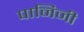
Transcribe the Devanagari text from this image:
पानिजी